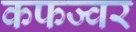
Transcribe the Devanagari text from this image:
कफज्वर